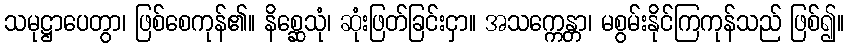
သမုဋ္ဌာပေတွာ၊ ဖြစ်စေကုန်၏။ နိစ္ဆေသုံ၊ ဆုံးဖြတ်ခြင်းငှာ။ အသက္ကေန္တာ၊ မစွမ်းနိုင်ကြကုန်သည် ဖြစ်၍။